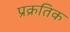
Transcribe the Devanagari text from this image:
प्रक्रतिक